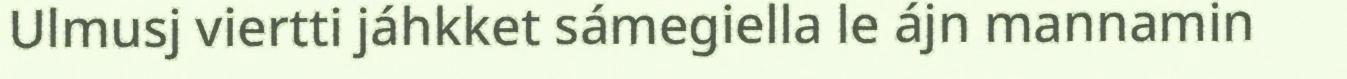
Ulmusj viertti jáhkket sámegiella le ájn mannamin